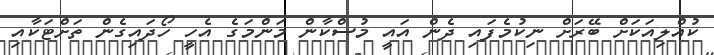
ކުއްލިއަކަށް ބޭރަށް ނިކުމެފައި ދެން އައީ މުސްކާން މަންމަގެ އެހީ ހޯދައިގެން ތަށްޓަކާއި